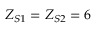
Z _ { S 1 } = Z _ { S 2 } = 6